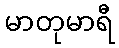
မာတုမာရီ